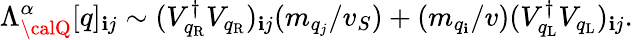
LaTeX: \Lambda_{\calQ}^{\alpha}[q]_{\mathbf{i}j}\sim(V_{q_{\mathrm{{R}}}}^{\dagger}V_{q_{\mathrm{{R}}}})_{\mathbf{i}j}(m_{q_{j}}/v_{S})+(m_{q_{\mathbf{i}}}/v)(V_{q_{\mathrm{{L}}}}^{\dagger}V_{q_{\mathrm{{L}}}})_{\mathbf{i}j}.